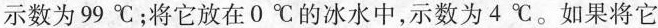
示数为99℃；将它放在0℃的冰水中，示数为4℃。如果将它